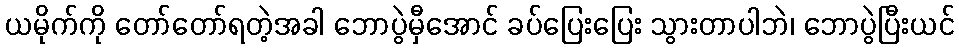
ယမိုက်ကို တော်တော်ရတဲ့အခါ ဘောပွဲမှီအောင် ခပ်ပြေးပြေး သွားတာပါဘဲ၊ ဘောပွဲပြီးယင်